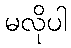
မလိုပါ